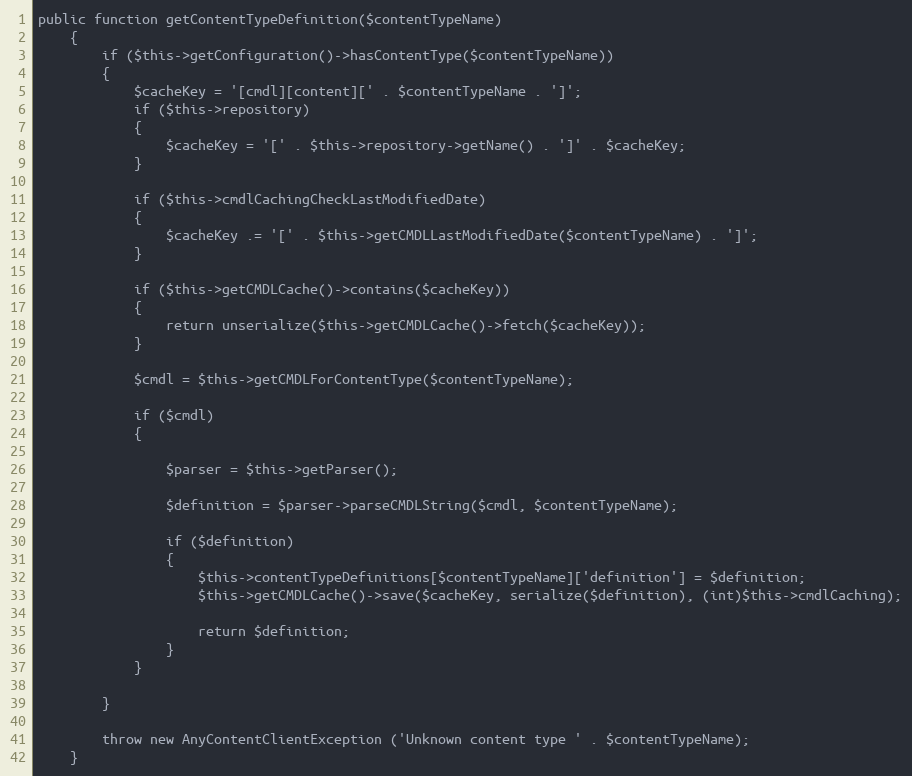
Language: PHP
public function getContentTypeDefinition($contentTypeName)
    {
        if ($this->getConfiguration()->hasContentType($contentTypeName))
        {
            $cacheKey = '[cmdl][content][' . $contentTypeName . ']';
            if ($this->repository)
            {
                $cacheKey = '[' . $this->repository->getName() . ']' . $cacheKey;
            }

            if ($this->cmdlCachingCheckLastModifiedDate)
            {
                $cacheKey .= '[' . $this->getCMDLLastModifiedDate($contentTypeName) . ']';
            }

            if ($this->getCMDLCache()->contains($cacheKey))
            {
                return unserialize($this->getCMDLCache()->fetch($cacheKey));
            }

            $cmdl = $this->getCMDLForContentType($contentTypeName);

            if ($cmdl)
            {

                $parser = $this->getParser();

                $definition = $parser->parseCMDLString($cmdl, $contentTypeName);

                if ($definition)
                {
                    $this->contentTypeDefinitions[$contentTypeName]['definition'] = $definition;
                    $this->getCMDLCache()->save($cacheKey, serialize($definition), (int)$this->cmdlCaching);

                    return $definition;
                }
            }

        }

        throw new AnyContentClientException ('Unknown content type ' . $contentTypeName);
    }